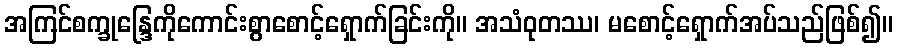
အကြင်စက္ခုန္ဒြေကိုကောင်းစွာစောင့်ရှောက်ခြင်းကို။ အသံဝုတဿ၊ မစောင့်ရှောက်အပ်သည်ဖြစ်၍။